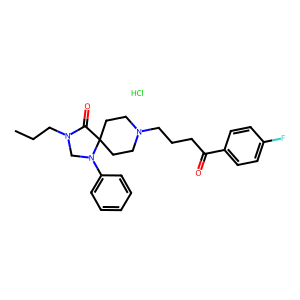
SMILES: CCCN1CN(c2ccccc2)C2(CCN(CCCC(=O)c3ccc(F)cc3)CC2)C1=O.Cl
Inhibits HIV replication: No